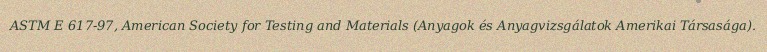
ASTM E 617-97, American Society for Testing and Materials (Anyagok és Anyagvizsgálatok Amerikai Társasága).